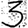
Digit: 3